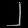
Digit: ၂